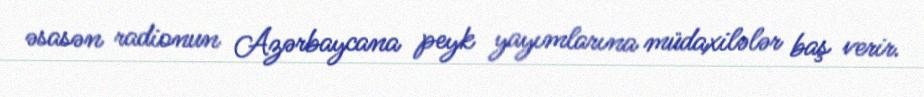
əsasən radionun Azərbaycana peyk yayımlarına müdaxilələr baş verir.